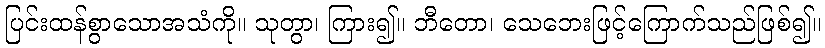
ပြင်းထန်စွာသောအသံကို။ သုတွာ၊ ကြား၍။ ဘီတော၊ သေဘေးဖြင့်ကြောက်သည်ဖြစ်၍။